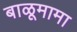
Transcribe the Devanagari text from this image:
बाळूमामा